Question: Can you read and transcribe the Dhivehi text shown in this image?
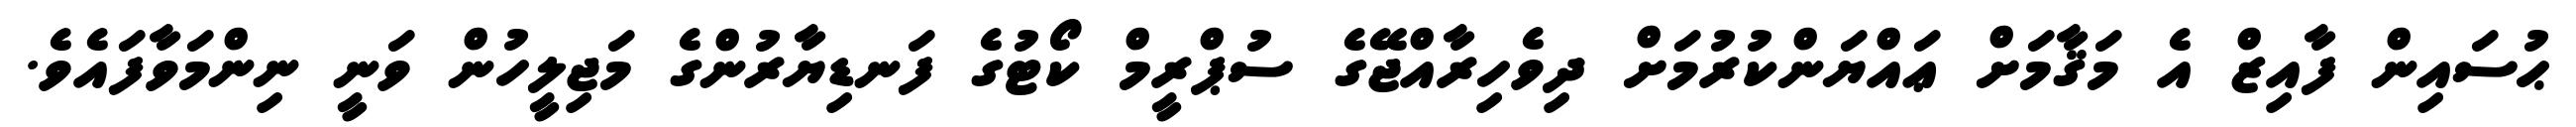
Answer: ޙުސައިން ފާއިޒް އެ މަޤާމަށް ޢައްޔަންކުރުމަށް ދިވެހިރާއްޖޭގެ ސުޕްރީމް ކޯޓުގެ ފަނޑިޔާރުންގެ މަޖިލީހުން ވަނީ ނިންމަވާފައެވެ.